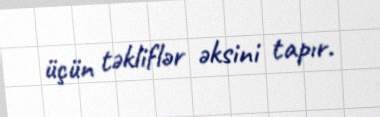
üçün təkliflər əksini tapır.